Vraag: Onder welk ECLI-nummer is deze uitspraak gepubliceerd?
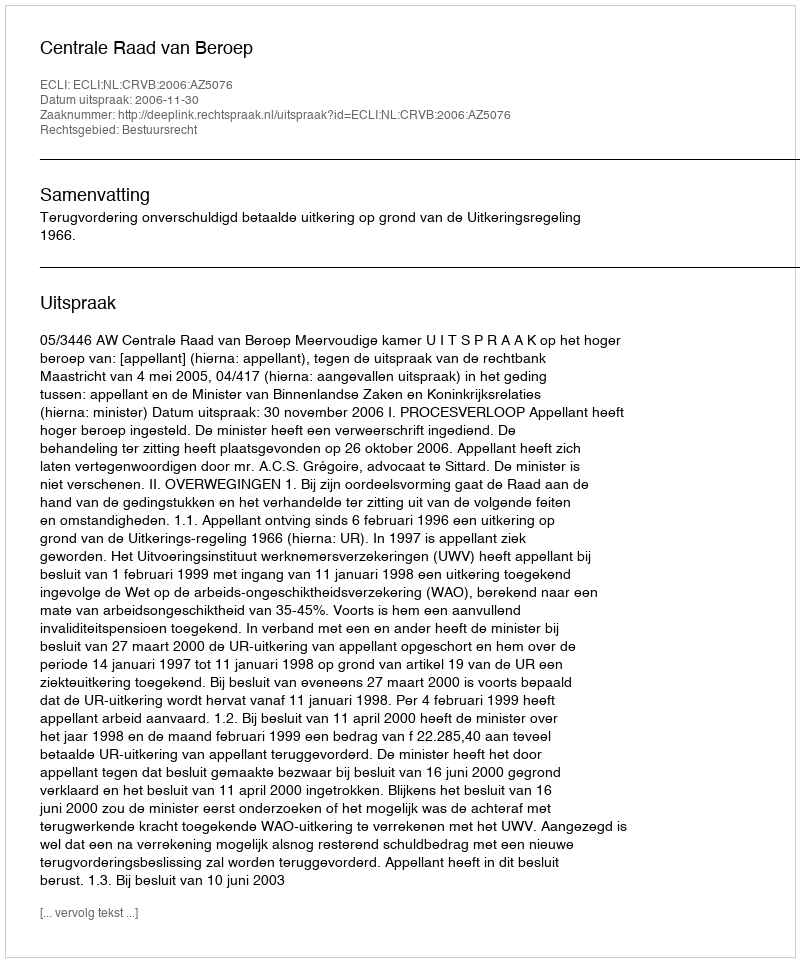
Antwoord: ECLI:NL:CRVB:2006:AZ5076